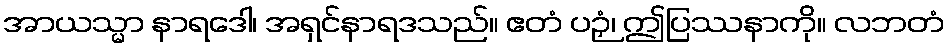
အာယသ္မာ နာရဒေါ၊ အရှင်နာရဒသည်။ ဧတံ ပဉှံ၊ ဤပြဿနာကို။ လဘတံ